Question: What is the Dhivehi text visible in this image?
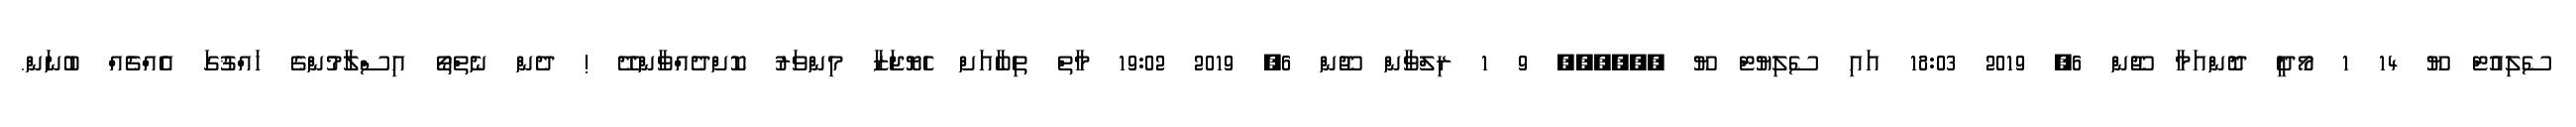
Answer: ސެލިއުޓް ޔޫ 14 1 މޯދީ ދޮންއަމާ ޖޫން 6, 2019 18:03 އައި ސެލިޔުޓް ޔޫ ?????? 9 1 ރިލްވާން ޖޫން 6, 2019 19:02 މާތް ތިބާއަށް ހެޔޮޖަޒާ މިންވަރު ކޮށްދެއްވާންދޭ ! ދެން ނެތްތޯ އިސްލާމުންގެ ހައްޤުގަ އެއްޗެއް ބުނަން.